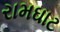
રામઘાટ